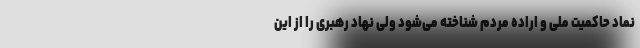
نماد حاکمیت ملی و اراده مردم شناخته می‌شود ولی نهاد رهبری را از این